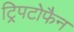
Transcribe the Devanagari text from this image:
ट्रिपटोफैन